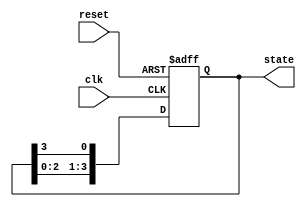
module ring_counter #(parameter N = 4) (
    input wire clk,           // Clock input
    input wire reset,         // Reset input
    output reg [N-1:0] state  // Output state
);

    // Initial state
    initial begin
        state = 1'b1; // Set the initial state to 100...0
    end

    // Sequential logic for the ring counter
    always @(posedge clk or posedge reset) begin
        if (reset) begin
            state <= 1'b1; // Reset to initial state (100...0)
        end else begin
            // Shift the '1' through the flip-flops
            state <= {state[N-2:0], state[N-1]}; // Rotate left
        end
    end

endmodule